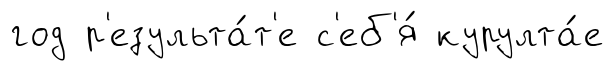
год р'езульта́т'е с'еб'я́ курулта́е